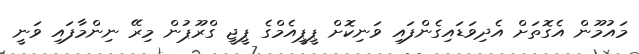
މައުމޫން އެގޮތަށް އެދިވަޑައިގެންފައި ވަނިކޮށް ޕީޕީއެމްގެ ޕީޖީ ގްރޫޕުން މިރޭ ނިންމާފައި ވަނީ